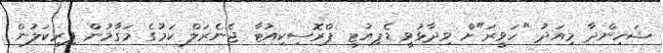
ޝަހިންދާ މިއަދު "ހަވީރަ"ށް ވިދާޅުވީ ޑެޕިއުޓީ ޕްރޮސިކިއުޓާ ޖެނެރަލް ކަމުގެ މަގާމުން ފިރިކަލުން